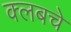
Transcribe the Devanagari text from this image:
क्‍लबचे